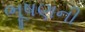
ભૂષણની